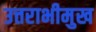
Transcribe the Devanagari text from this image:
उत्तराभीमुख